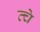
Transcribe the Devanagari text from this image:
त्चे